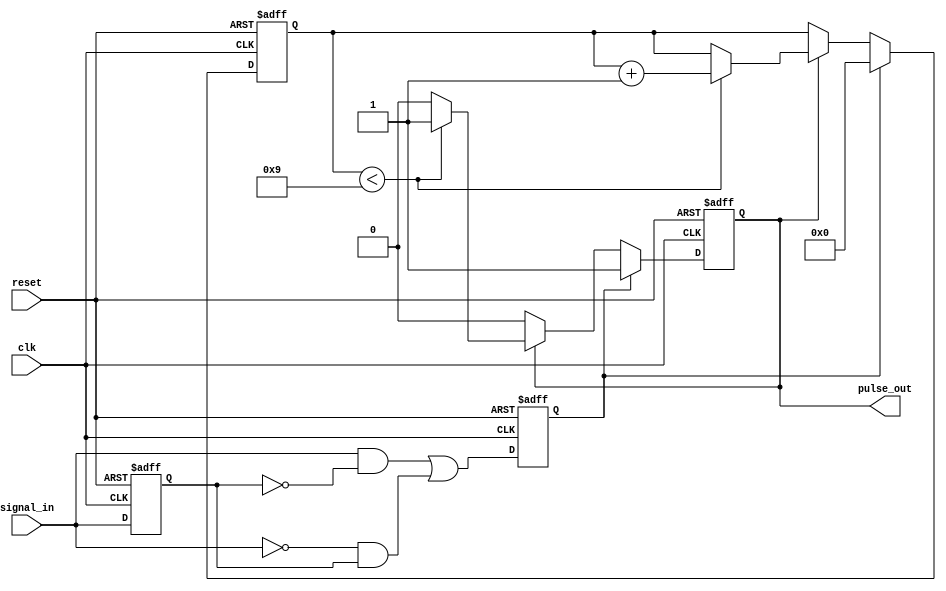
module monostable_edge_detector #(
    parameter PULSE_WIDTH = 10 // Configurable pulse width in clock cycles
)(
    input wire clk,             // Clock input
    input wire reset,           // Asynchronous reset
    input wire signal_in,       // Input signal to detect edges
    output reg pulse_out        // Output pulse signal
);

    reg signal_in_d;            // Delayed version of the input signal
    reg edge_detected;          // Edge detection flag
    reg [3:0] pulse_counter;    // Counter for pulse width

    // Edge detection logic
    always @(posedge clk or posedge reset) begin
        if (reset) begin
            signal_in_d <= 1'b0;
            edge_detected <= 1'b0;
        end else begin
            signal_in_d <= signal_in; // Store the previous state of signal_in
            // Detect rising or falling edge
            edge_detected <= (signal_in && !signal_in_d) || (!signal_in && signal_in_d);
        end
    end

    // Pulse generation logic
    always @(posedge clk or posedge reset) begin
        if (reset) begin
            pulse_out <= 1'b0;
            pulse_counter <= 4'b0;
        end else if (edge_detected) begin
            pulse_out <= 1'b1;          // Start pulse
            pulse_counter <= 4'b0;      // Reset pulse counter
        end else if (pulse_out) begin
            if (pulse_counter < PULSE_WIDTH - 1) begin
                pulse_counter <= pulse_counter + 1; // Increment counter
            end else begin
                pulse_out <= 1'b0;      // End pulse after specified duration
            end
        end
    end

endmodule